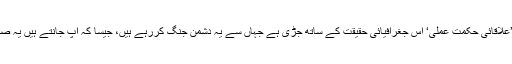
جمیس میٹس کا کہنا تھا کہ ’علاقائی حکمت عملی‘ اس جغرافیائی حقیقت کے ساتھ جڑی ہے جہاں سے یہ دشمن جنگ کررہے ہیں، جیسا کہ آپ جانتے ہیں یہ صرف افغانستان سے نہیں ہیں‘۔